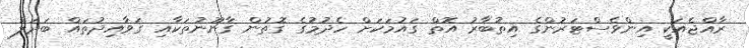
ރާއްޖެއަކީ އިންވެސްޓަރުންގެ އިތުބާރު އޮތް ގައުމަކަށް ހެދުމުގެ ގޮތުން ގާނޫނުތަކާއި ގަވާއިދުތައް ބަދަލު